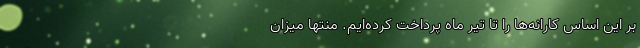
بر این اساس کارانه‌ها را تا تیر ماه پرداخت کرده‌ایم. منتها میزان